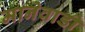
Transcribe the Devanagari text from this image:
मानेवाडी